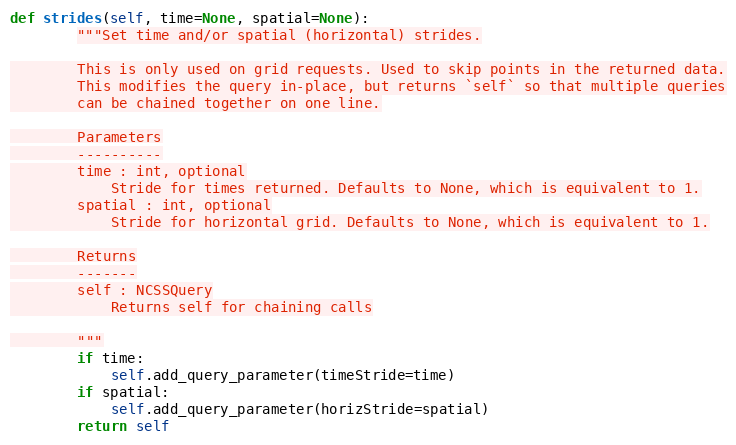
Language: Python
def strides(self, time=None, spatial=None):
        """Set time and/or spatial (horizontal) strides.

        This is only used on grid requests. Used to skip points in the returned data.
        This modifies the query in-place, but returns `self` so that multiple queries
        can be chained together on one line.

        Parameters
        ----------
        time : int, optional
            Stride for times returned. Defaults to None, which is equivalent to 1.
        spatial : int, optional
            Stride for horizontal grid. Defaults to None, which is equivalent to 1.

        Returns
        -------
        self : NCSSQuery
            Returns self for chaining calls

        """
        if time:
            self.add_query_parameter(timeStride=time)
        if spatial:
            self.add_query_parameter(horizStride=spatial)
        return self